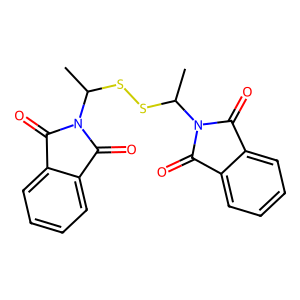
SMILES: CC(SSC(C)N1C(=O)c2ccccc2C1=O)N1C(=O)c2ccccc2C1=O
Inhibits HIV replication: No